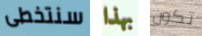
سنتخطى بهذا تكون